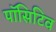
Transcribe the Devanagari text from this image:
पॉसिटिव